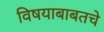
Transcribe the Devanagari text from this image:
विषयाबाबतचे